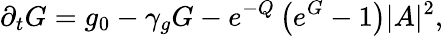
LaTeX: \partial_{t}G=g_{0}-\gamma_{g}G-e^{-Q}\left(e^{G}-1\right)|A|^{2},